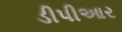
ડીપીઆર